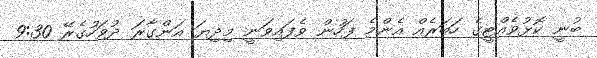
ބުނީ ކޮޅުވެއްޓީގެ ހަބަރެއް އެންމެ ފަހުން ވެފައިވަނީ މިދިޔަ އަންގާރަ ދުވަހުގެރޭ 9:30